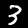
Digit: 3